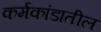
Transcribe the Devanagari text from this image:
कर्मकांडातील